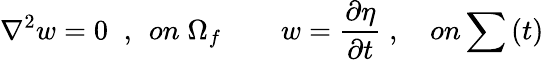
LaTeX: {\nabla^{2}}w=0\; \; ,\; \, on\; {\Omega_{f}}\quad\; \; \; \; w=\frac{{\partial\eta}}{{\partial t}}\; ,\quad on\sum\, (t)